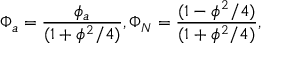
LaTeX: \Phi _ { a } = \frac { { \phi _ { a } } } { ( 1 + \phi ^ { 2 } / 4 ) } , \Phi _ { N } = \frac { { ( 1 - \phi ^ { 2 } / 4 ) } } { ( 1 + \phi ^ { 2 } / 4 ) } ,